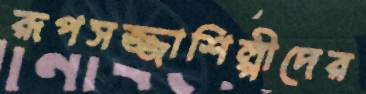
রূপসজ্জাশিল্পীদের